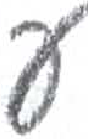
אות: פ